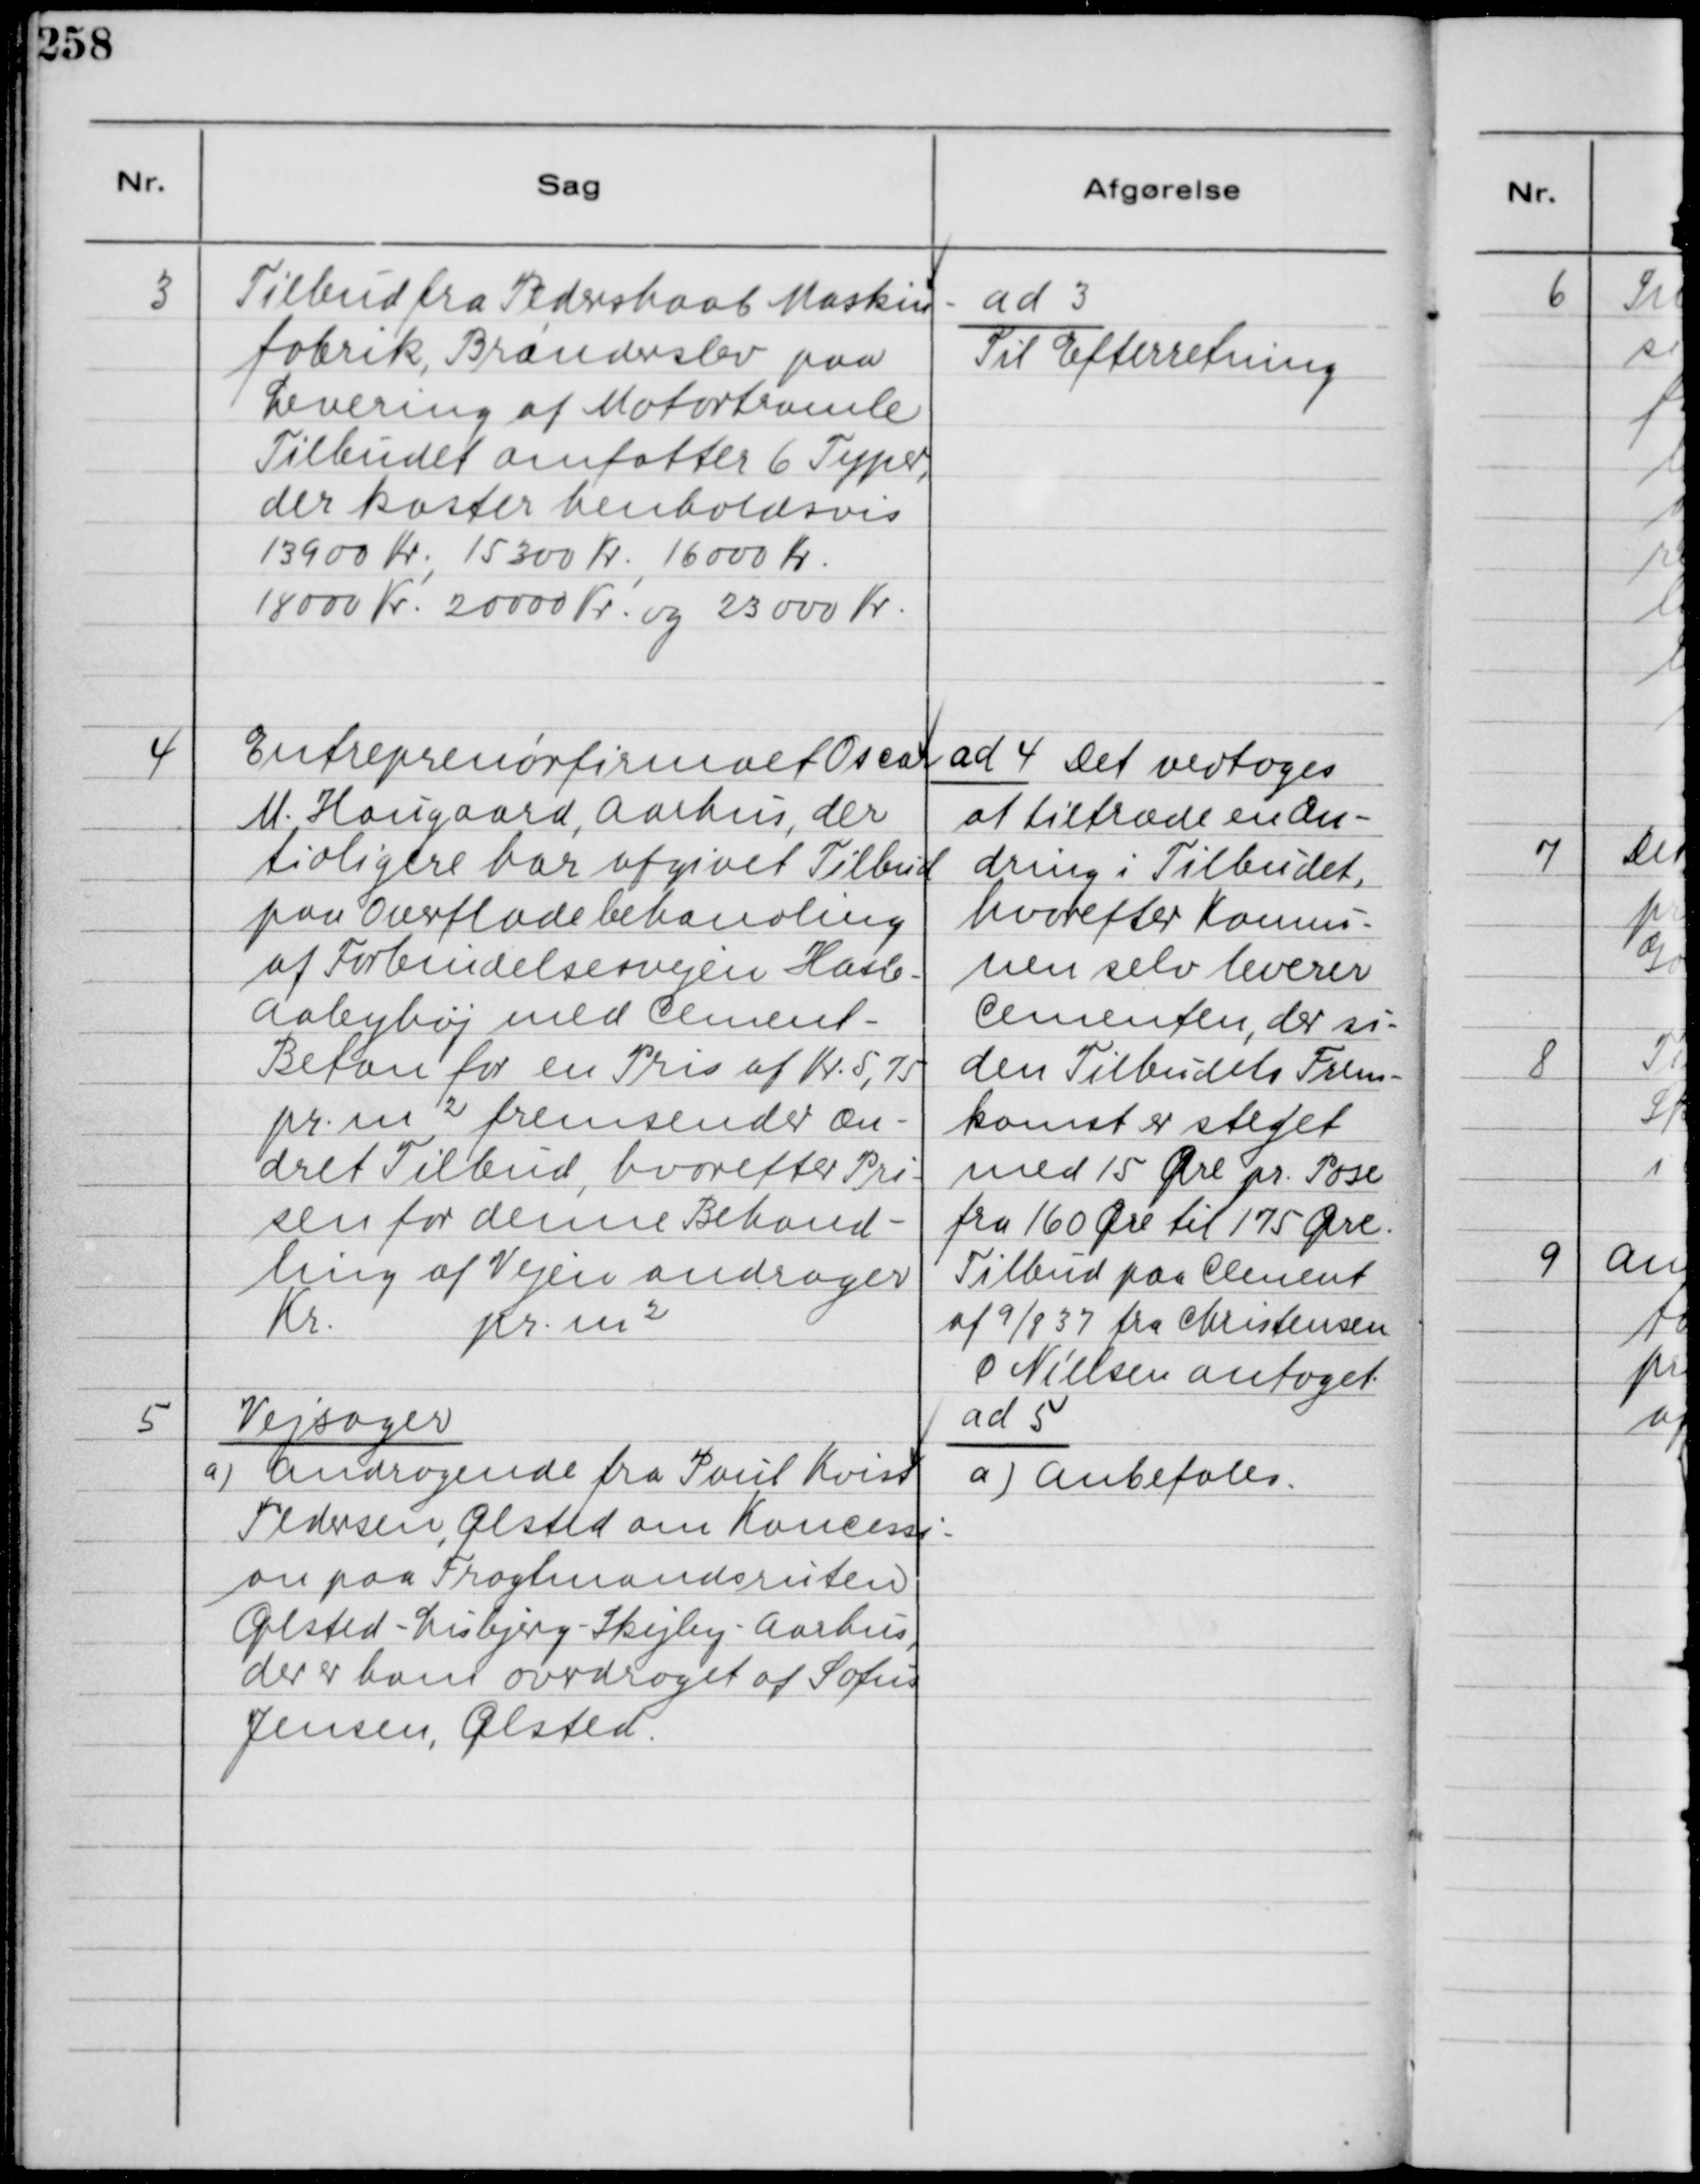
Transskription:
3
Tilbud fra Pedershaab Maskin-
fabrik, Brøndeslev paa
Levering af Motortromle
Tilbudet omfatter 6 Tipper,
der koster henholdsvis
13900 Kr., 15300 Kr., 16000 Kr.
18000 Kr., 20000 Kr. og 23000 Kr.

ad 3
Til Efterretning

4
Entreprenørfirmaet Oscar
M. Hougaard, Aarhus, der
tidligere har afgivet Tilbud
paa Overflade behandling
af Forbindelsesvejen Hasle -
Aabyhøj med Cement-
Beton for en Pris af Kr. 5,75
pr. m² fremsender æn-
dret Tilbud, hvorefter Pri-
sen for denne Behand-
ling af Vejen andrager
kr. pr. m²

ad 4 Det vedtoges
at tiltræde en æn-
tidligere var udgivet Tilbud
dring i Tilbudet,
hvorefter Konnu-
nen selv leverer
Cementen, der si-
den Tilbudets Frem-
komst er steget
med 15 Øre pr. Pose
fra 160 Øre til 175 Øre.
Tilbud paa Cement
af 9/8 37 fra Christensen
Ø Nielsen antoget.

5
Vejsager
a) Andragende fra Poul Kvist
Pedersen, Ølsted om Koncessi-
on paa Fragtmandsruten
Ølsted - Lisbjerg - Skejby - Aarhus,
der er ham ovrdraget af Sofus
Jensen, Ølsted.

ad 5
a) Anbefales.